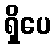
ရှိပေ